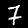
Digit: 7